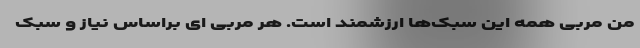
منِ مربی همه این سبک‌ها ارزشمند است. هر مربی ای براساس نیاز و سبک